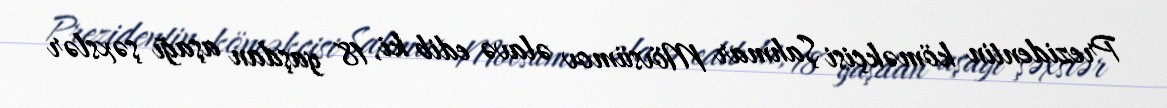
Prezidentin köməkçisi Şahmar Mövsümov əlavə edib ki, 18 yaşdan aşağı şəxslər